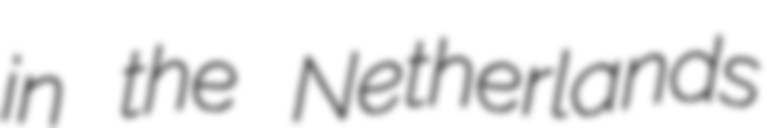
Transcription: in the Netherlands